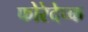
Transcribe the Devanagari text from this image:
फोरेदेच्क